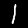
Label: 1